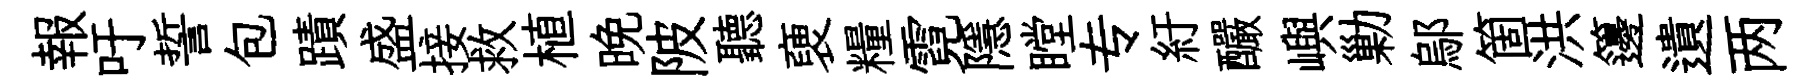
報吁誓包蹟盛接救植晩陂聽褏糧霓隱瞠专紆釅嶼勦鄔箇洪籩遺两